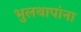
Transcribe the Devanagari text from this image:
भुलथापांना